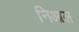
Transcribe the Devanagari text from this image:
निआल